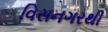
વિસનગરથી